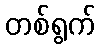
တစ်ရွက်